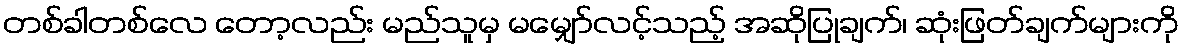
တစ်ခါတစ်လေ တော့လည်း မည်သူမှ မမျှော်လင့်သည့် အဆိုပြုချက်၊ ဆုံးဖြတ်ချက်များကို